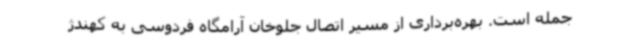
جمله است. بهره‌برداری از مسیر اتصال جلوخان آرامگاه فردوسی به کهندژ